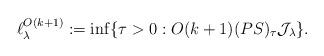
LaTeX: \begin{align*}\ell_{\lambda}^{O(k+1)}:=\inf\{\tau>0:O(k+1)(PS)_{\tau}\mathcal{J}_{\lambda}\}.\end{align*}